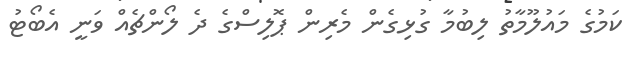
ކަމުގެ މައުލޫމާތު ލިބުމާ ގުޅިގެން މެރިން ޕޮލިސްގެ ދެ ލޯންޗެއް ވަނީ އެބޯޓު